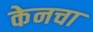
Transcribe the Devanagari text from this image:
केनचा